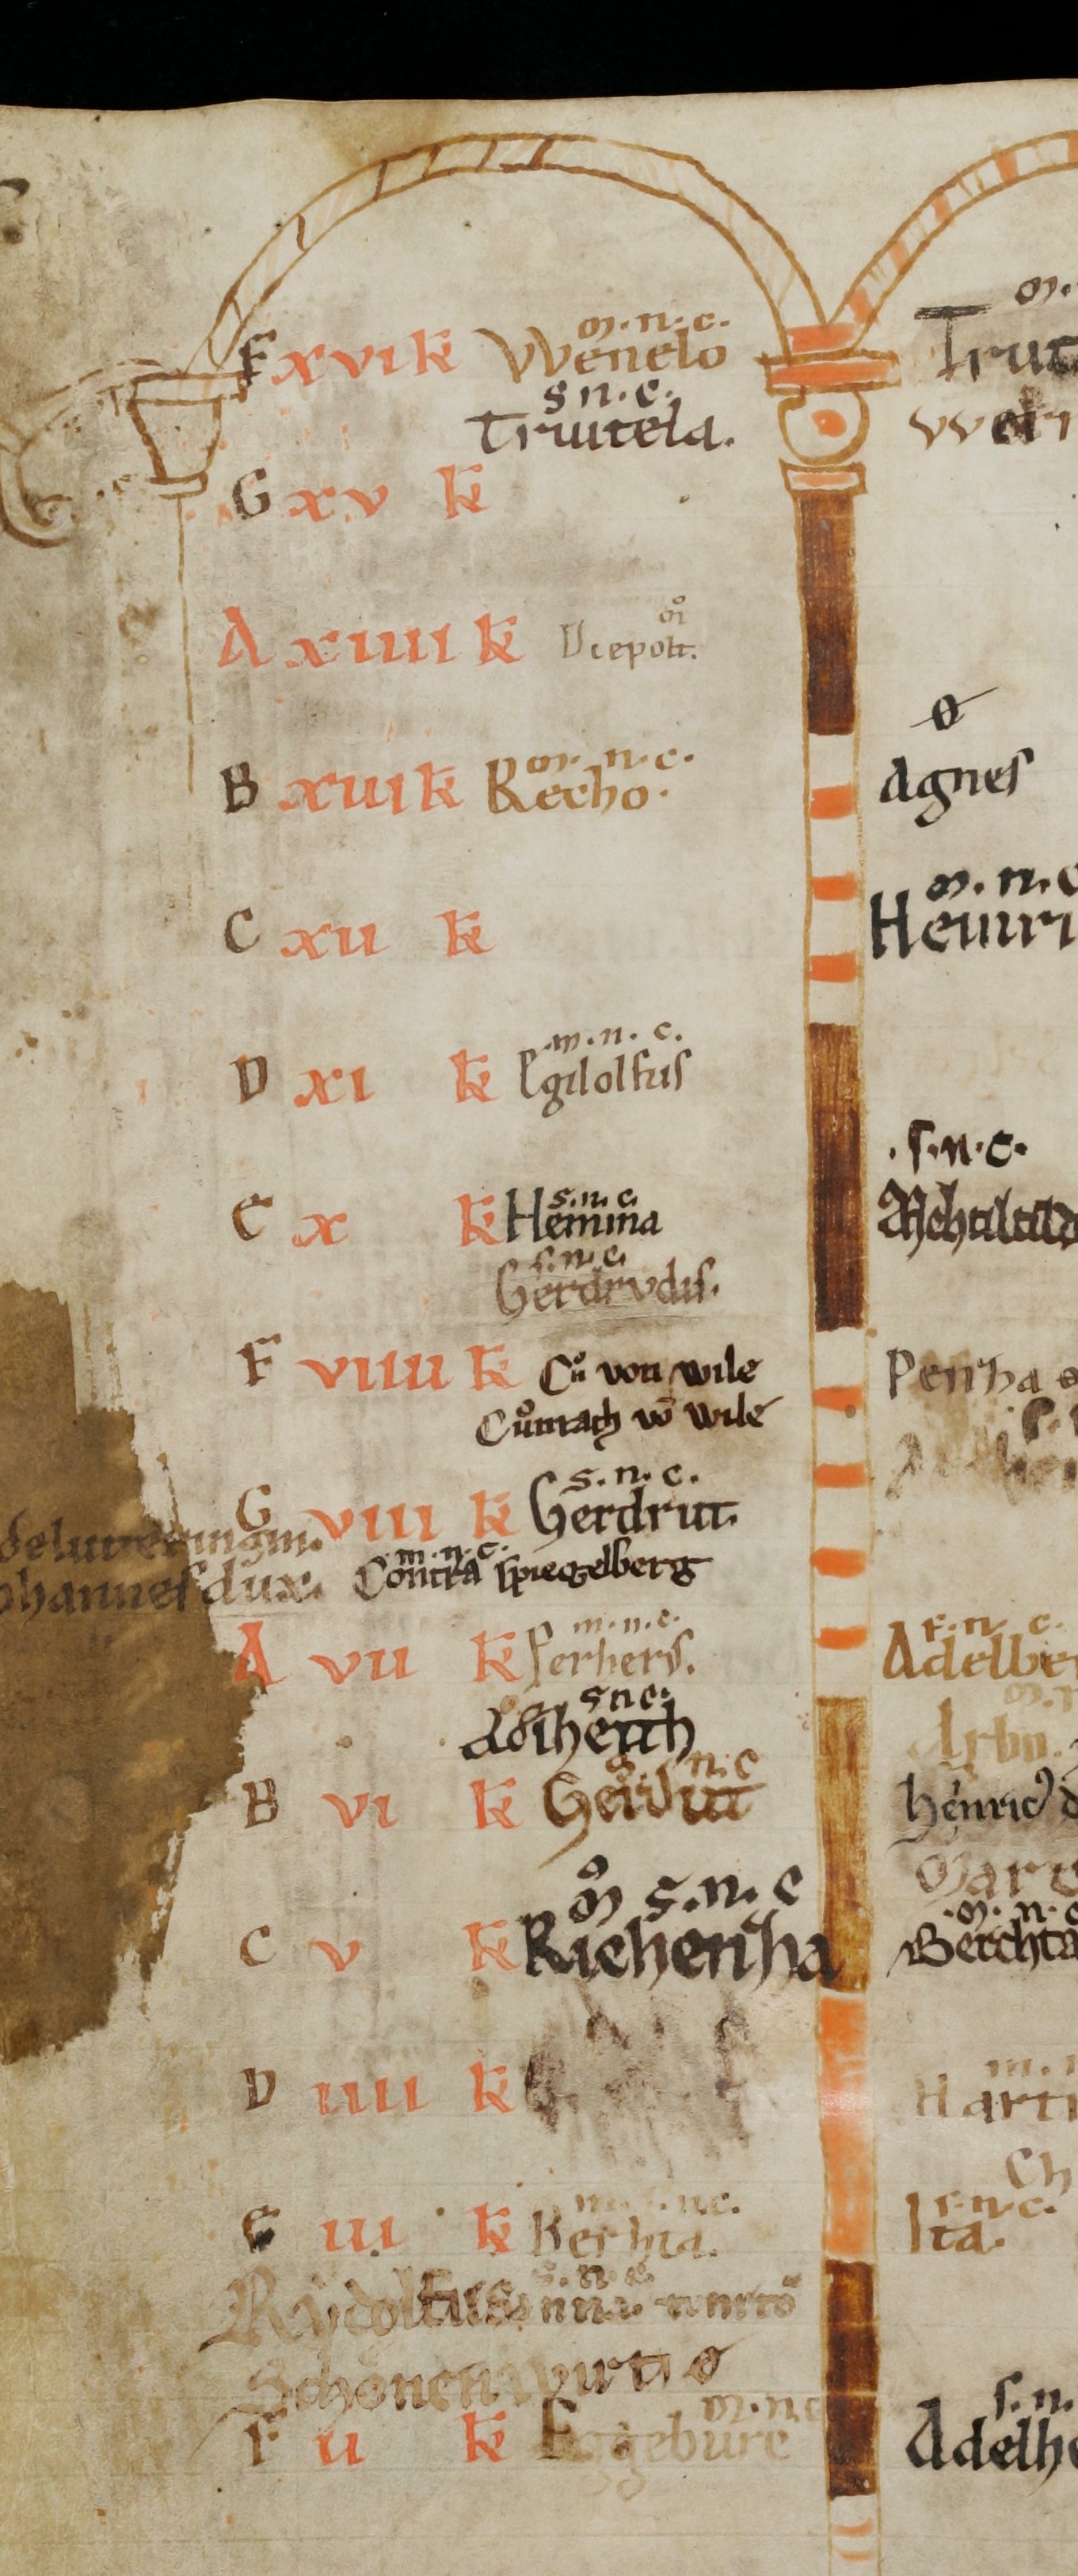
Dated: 1100–1199